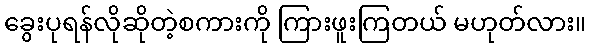
ခွေးပုရန်လိုဆိုတဲ့စကားကို ကြားဖူးကြတယ် မဟုတ်လား။